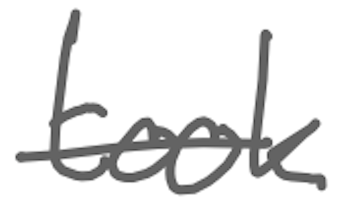
Text: took
Cross-out: single-line
Writing tool: digital_gray